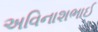
અવિનાશભાઈ